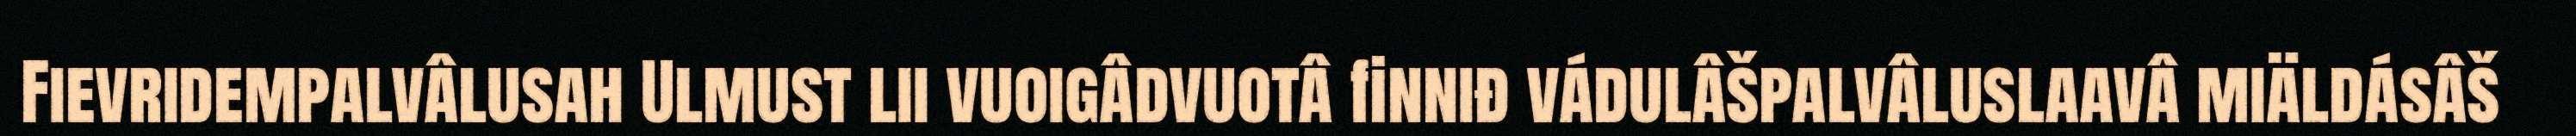
Fievridempalvâlusah Ulmust lii vuoigâdvuotâ finniđ vádulâšpalvâluslaavâ miäldásâš